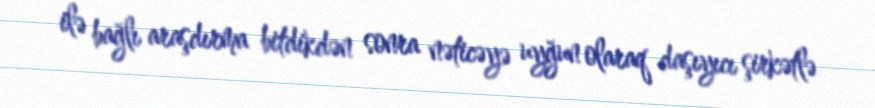
ilə bağlı araşdırma bitdikdən sonra nəticəyə uyğun olaraq daşıyıcı şirkətlə